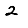
Digit: 2